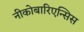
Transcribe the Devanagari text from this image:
नीकोबारिएन्सिस